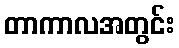
တာကာလအတွင်း